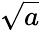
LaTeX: \sqrt{a}